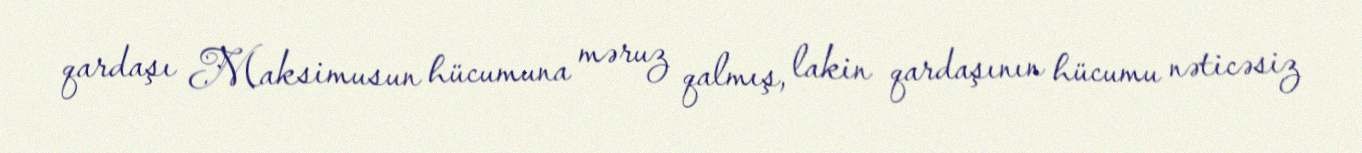
qardaşı Maksimusun hücumuna məruz qalmış, lakin qardaşının hücumu nəticəsiz